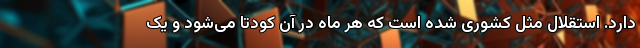
دارد. استقلال مثل کشوری شده است که هر ماه در آن کودتا می‌شود و یک